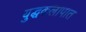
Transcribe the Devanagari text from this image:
युद्धकलापात